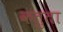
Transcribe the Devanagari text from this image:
कतुता